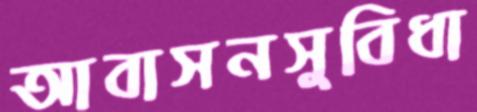
আবাসনসুবিধা